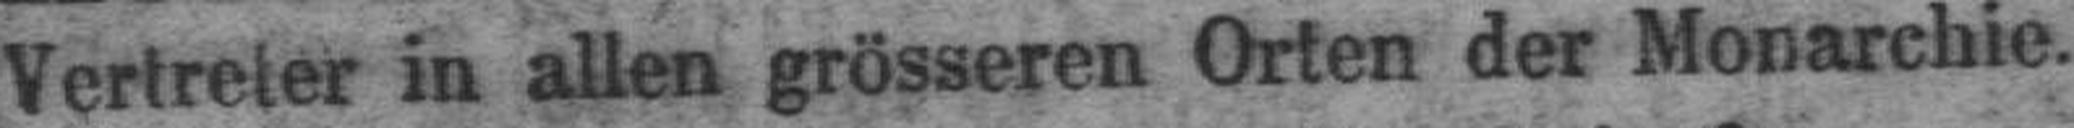
Vertreter in allen grösseren Orten der Monarchie.